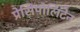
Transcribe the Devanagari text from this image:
प्रेसिपोलिटेन